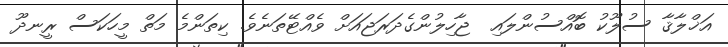
އަޚްލާޤާ ސުލޫކު ބޮއްސުންލައި  ޖާހިލުންގެދަރަޖައަށް ވެއްޓޭތަނެވެ. ކިތަންމެ މަތް މީހަކަސް ރީނދޫ